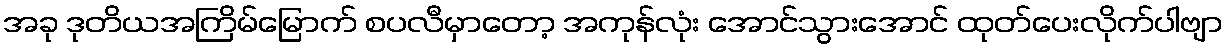
အခု ဒုတိယအကြိမ်မြောက် စပလီမှာတော့ အကုန်လုံး အောင်သွားအောင် ထုတ်ပေးလိုက်ပါဗျာ